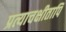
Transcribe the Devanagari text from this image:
प्रत्याचक्षीतापि